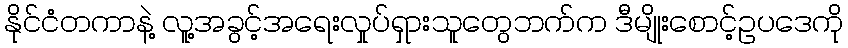
နိုင်ငံတကာနဲ့ လူ့အခွင့်အရေးလှုပ်ရှားသူတွေဘက်က ဒီမျိုးစောင့်ဥပဒေကို